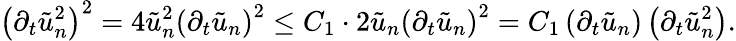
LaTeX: \left(\partial_{t}\tilde{u}_{n}^{2}\right)^{2}=4\tilde{u}_{n}^{2}\left(\partial_{t}\tilde{u}_{n}\right)^{2}\leq C_{1}\cdot 2\tilde{u}_{n}\left(\partial_{t}\tilde{u}_{n}\right)^{2}=C_{1}\left(\partial_{t}\tilde{u}_{n}\right)\left(\partial_{t}\tilde{u}_{n}^{2}\right).